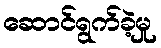
ဆောင်ရွက်ခဲ့မှု